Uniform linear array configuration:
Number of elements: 4
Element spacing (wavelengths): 0.25
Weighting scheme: kaiser
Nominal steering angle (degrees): -30
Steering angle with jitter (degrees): -31.176
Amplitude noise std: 0.05
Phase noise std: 0.05

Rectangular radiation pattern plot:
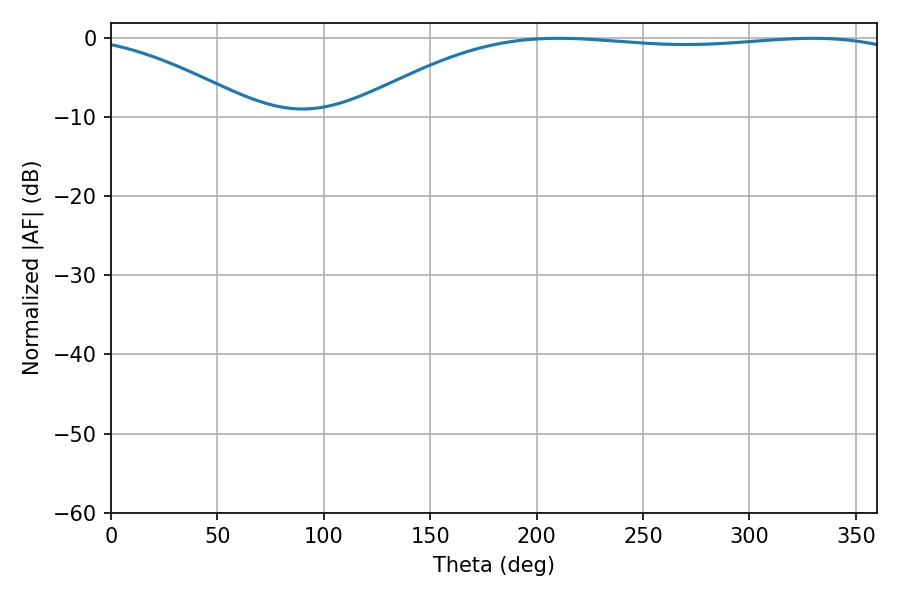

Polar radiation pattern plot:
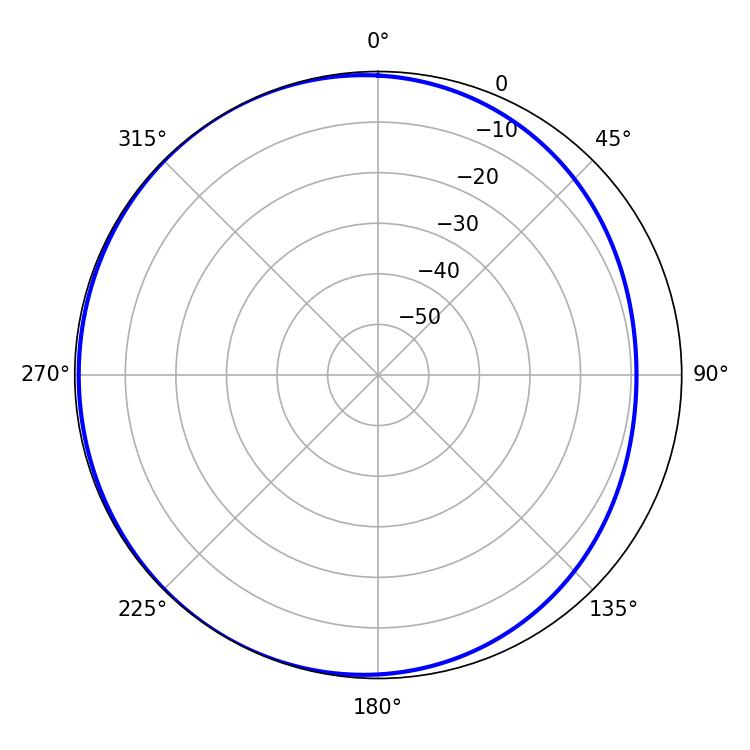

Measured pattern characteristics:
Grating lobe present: FALSE
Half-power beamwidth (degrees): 206.46
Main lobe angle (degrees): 210.24